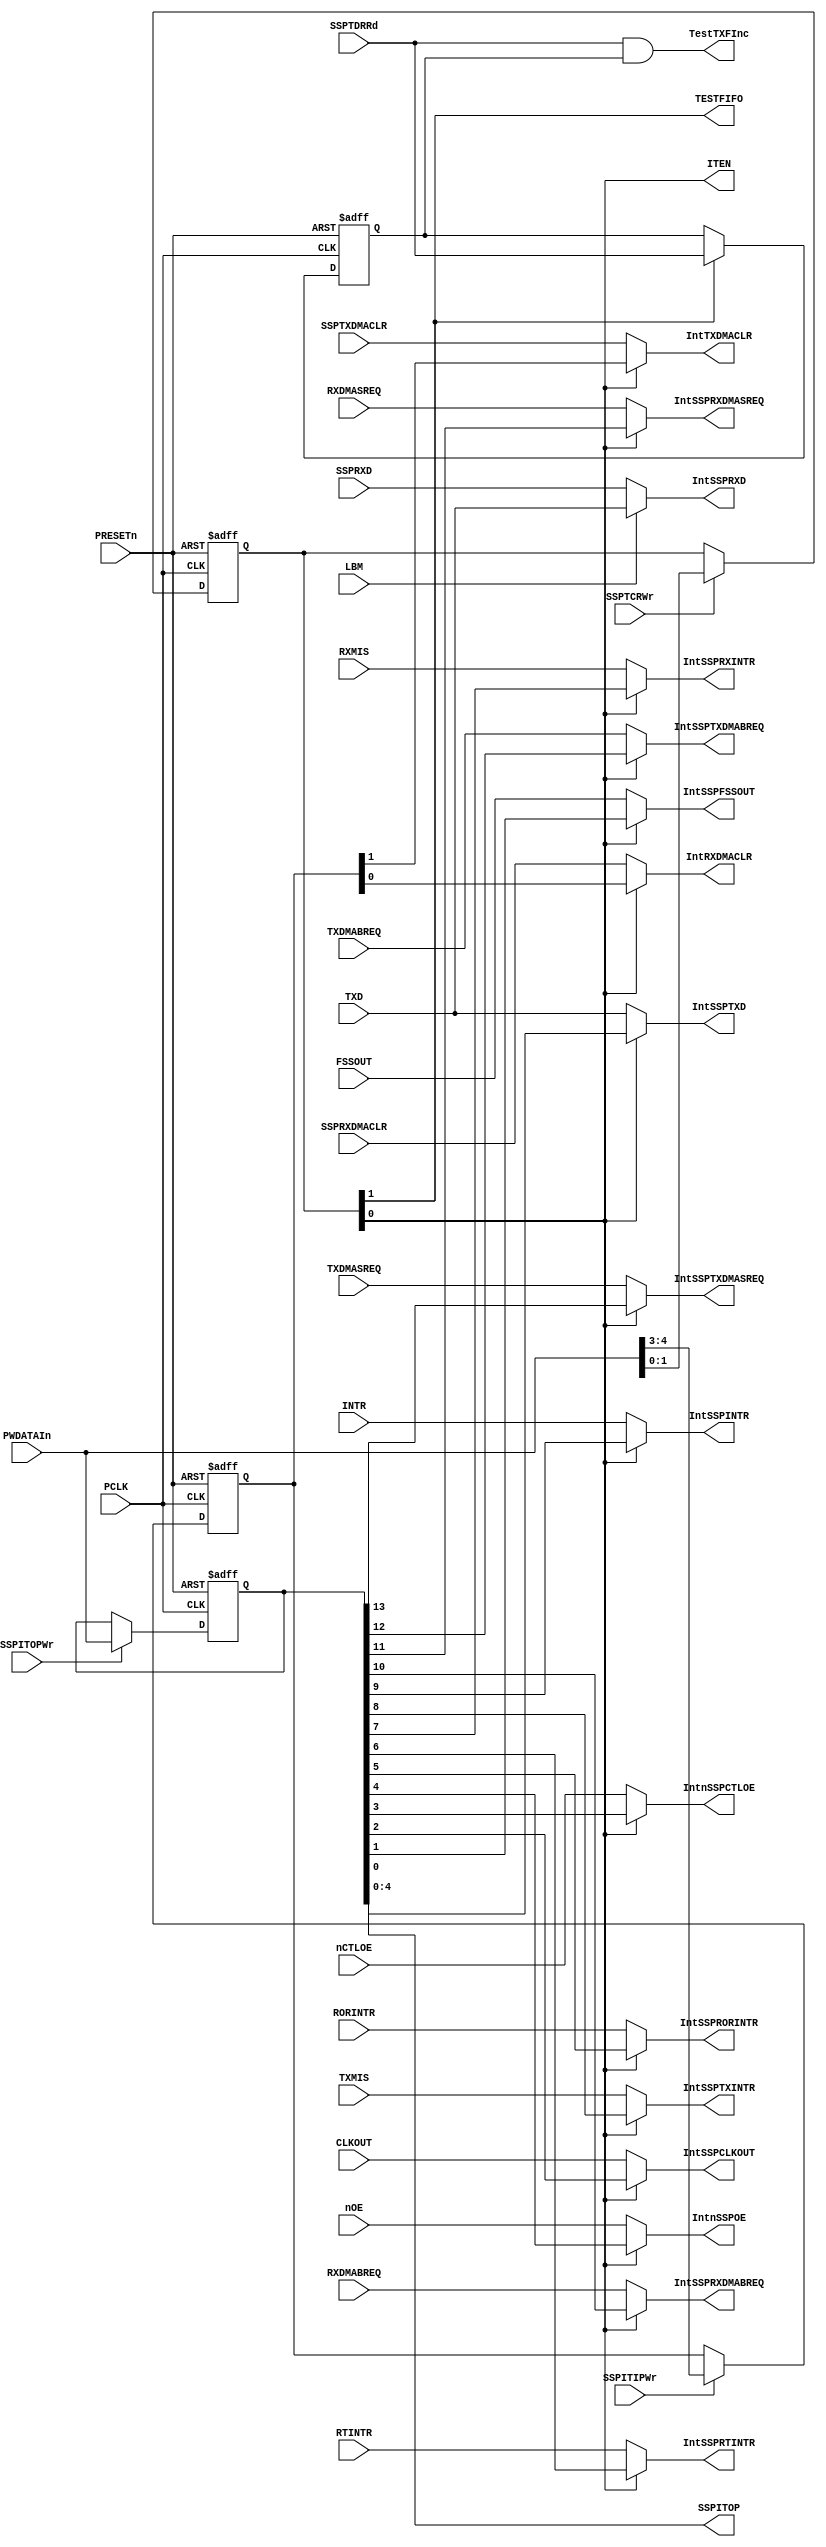
// This program was cloned from: https://github.com/verimake-team/SparkRoad-V
// License: MIT License

// --=========================================================================--
//  This confidential and proprietary software may be used only as
//  authorised by a licensing agreement from ARM Limited
//    (C) COPYRIGHT 2007-2008 ARM Limited
//        ALL RIGHTS RESERVED
//  The entire notice above must be reproduced on all authorised
//  opies and copies may only be made to the extent permitted
//  by a licensing agreement from ARM Limited.
// -----------------------------------------------------------------------------
//  Version and Release Control Information:
//
//  File Revision          : 20360
//
//  Release Information : Cortex-M0 DesignStart-r2p0-00rel0
// -----------------------------------------------------------------------------
 
// -----------------------------------------------------------------------------
// Purpose      : Test logic to facilitate controlled clocking of the 
//                design
// --=========================================================================--

module SspTest (
               PCLK,
          
               PRESETn,
          
               PWDATAIn,
            
               LBM,
          
               SSPRXD,

               TXMIS,
               RXMIS,
               RORINTR,
               RTINTR,
               INTR,

               TXDMASREQ,
               TXDMABREQ,
               RXDMASREQ,
               RXDMABREQ,

               FSSOUT,
               CLKOUT,
               TXD,
               nCTLOE,
               nOE,
          
               SSPTCRWr,
               SSPITIPWr,
               SSPITOPWr,
               SSPTDRRd,
               SSPTXDMACLR,
               SSPRXDMACLR,
           
               IntSSPRXD,

          
               IntTXDMACLR,
               IntRXDMACLR,
          
               IntSSPTXDMASREQ, 
               IntSSPTXDMABREQ,
               IntSSPRXDMASREQ,
               IntSSPRXDMABREQ,
               IntSSPINTR,
               IntSSPTXINTR,
               IntSSPRXINTR,
               IntSSPRTINTR,
               IntSSPRORINTR,
                  
               IntSSPFSSOUT,
               IntSSPCLKOUT,
               IntSSPTXD,
               IntnSSPCTLOE,
               IntnSSPOE,

               SSPITOP,
          
               TESTFIFO,
               ITEN,
 
               TestTXFInc
              );

input         PCLK;              // APB bus clock

input         PRESETn;           // AMBA bus reset

input [13:0]  PWDATAIn;          // Int PWDATA

input         LBM;               // Loopback mode

input         SSPRXD;            // Serial receive input (pad)

input         TXMIS;             // TX interrupt signal
input         RXMIS;             // RX interrupt signal
input         RORINTR;           // Receive Over Run signal
input         RTINTR;            // Receive Time Out signal
input         INTR;              // Combined interrupt signal

input         TXDMASREQ;         //  TX DMA Single Request
input         TXDMABREQ;         //  TX DMA Burst  Request
input         RXDMASREQ;         //  RX DMA Single Request
input         RXDMABREQ;         //  RX DMA Burst  Request

input         FSSOUT;            // Serial FrameOut signal
input         CLKOUT;            // Serial Clock signal
input         TXD;               // Serial Transmit signal
input         nCTLOE;            // SSP Control Enable signal
input         nOE;               // SSP Data Enable signal

input         SSPTCRWr;          // Write enable for SSPTCR
input         SSPITIPWr;         // Write enable for SSPITIP
input         SSPITOPWr;         // Write enable for SSPITOP
input         SSPTDRRd;          // Read  enable for SSPTDR
input         SSPTXDMACLR;       // TX DMA Clear
input         SSPRXDMACLR;       // RX DMA Clear

output        IntSSPRXD;         // SSPRXD   loop back mode test mux


output        IntTXDMACLR;       // SSPTXDMACLR  test mux output ITIP(4)
output        IntRXDMACLR;       // SSPRXDMACLR  test mux output ITIP(3)

output        IntSSPTXDMASREQ;   // SSPTXDMASREQ test mux output ITOP(13)
output        IntSSPTXDMABREQ;   // SSPTXDMABREQ test mux output ITOP(12)
output        IntSSPRXDMASREQ;   // SSPRXDMASREQ test mux output ITOP(11)
output        IntSSPRXDMABREQ;   // SSPRXDMABREQ test mux output ITOP(10)
output        IntSSPINTR;        // INTR         test mux output ITOP(9)
output        IntSSPTXINTR;      // TXINTR       test mux output ITOP(8)
output        IntSSPRXINTR;      // RXINTR       test mux output ITOP(7)
output        IntSSPRTINTR;      // RTINTR       test mux output ITOP(6)
output        IntSSPRORINTR;     // RORINTR      test mux output ITOP(5)

output        IntSSPFSSOUT;      // FSSOUT       test mux output ITOP(4)
output        IntSSPCLKOUT;      // CLKOUT       test mux output ITOP(3)
output        IntSSPTXD;         // SSPTXD       test mux output ITOP(2)
output        IntnSSPCTLOE;      // SSPCTLOE     test mux output ITOP(1)
output        IntnSSPOE;         // SSPOE        test mux output ITOP(0)

output [4:0]  SSPITOP;           // SSPITOP Register output

output        TESTFIFO;          // SSPTCR Bit 1
output        ITEN;              // SSPTCR Bit 0
output        TestTXFInc;        //  Read pointer increment signal for Tx fifo

// -----------------------------------------------------------------------------
//                               SspTest
//                               =======
// -----------------------------------------------------------------------------
// Overview
// ========
// This module contains the Test mode registers. It performs the following
// functions :

// -----------------------------------------------------------------------------
// Register declarations
// -----------------------------------------------------------------------------

reg [1:0]   SSPTCR; 
// SSP Test Control Register

reg [4:3]   SSPITIP; 
// SSP Integration test input Register

reg [13:0]  iSSPITOP; 
// SSP Integration test output Register

reg [1:0]   NextSSPTCR; 
// D-input of iSSPTCR

reg [4:3]   NextSSPITIP; 
// D-input of SSPITIP

reg [13:0]  NextiSSPITOP; 
// D-input of iSSPITOP

reg delSSPTDRRd;
// delayed version of SSPTDRRd

reg NextdelSSPTDRRd;
// D-input of SSPTDRRd

// TESTFIFO;
// Test Signal to enable writing into Rx fifo and read from Tx fifo
// Test Fifo signal allows data to be written to the Rx fifo and
// read  from the Tx fifo.  When set to 0 the Tx fifo can only be
// written to and the Rx fifo read from.
  
// -----------------------------------------------------------------------------
// Test control signals
// -----------------------------------------------------------------------------

// ITEN;
// Integration test enable. When set to 1, the SSPITIP and
// iSSPITOP registers are used to read/write values to the inputs
// and outputs.
  
// -----------------------------------------------------------------------------
// 
// Main body of code
// =================
//
// -----------------------------------------------------------------------------

assign ITEN      = SSPTCR[0];
assign TESTFIFO  = SSPTCR[1];
assign SSPITOP   = iSSPITOP[4:0];

// -----------------------------------------------------------------------------
// Write interface for Test mode Registers
// -----------------------------------------------------------------------------
always @(SSPTCRWr or PWDATAIn or SSPTCR or SSPITIPWr or SSPITIP or SSPITOPWr or
                 iSSPITOP)
begin : p_Comb
  if (SSPTCRWr)
    NextSSPTCR = PWDATAIn[1:0];
  else
    NextSSPTCR = SSPTCR;

  if (SSPITIPWr)
    NextSSPITIP = PWDATAIn[4:3];
  else
    NextSSPITIP = SSPITIP;

  if (SSPITOPWr)
    NextiSSPITOP = PWDATAIn[13:0];
  else
    NextiSSPITOP = iSSPITOP;
end // p_Comb;

// -----------------------------------------------------------------------------
// Test mode Registers
// -----------------------------------------------------------------------------
always @(posedge PCLK or negedge PRESETn)
begin : p_Seq
  if(~PRESETn)
  begin
    SSPTCR  <= 2'b00;
    SSPITIP <= 2'b00;
    iSSPITOP <= 14'b00000000000000;
  end
  else
  begin
    SSPTCR  <= NextSSPTCR;
    SSPITIP <= NextSSPITIP;
    iSSPITOP <= NextiSSPITOP;
  end
end // p_Seq;

// ---------------------------------------------------------------------
// Generate Read pointer Increment signals for TestFifo
// mode when reading from the Tx fifo.
// ---------------------------------------------------------------------

always @(SSPTCR or SSPTDRRd or delSSPTDRRd)
begin : p_TXTestFptrIncComb
  if (SSPTCR[1])
    NextdelSSPTDRRd = SSPTDRRd;
  else
    NextdelSSPTDRRd = delSSPTDRRd;
end // p_TXTestFptrIncComb;    

always @(posedge PCLK or negedge PRESETn)
begin : p_TXTestFptrIncSeq
  if(~PRESETn)
    delSSPTDRRd <= 1'b0;
  else
    delSSPTDRRd <= NextdelSSPTDRRd;
end // p_TXTestFptrIncSeq;    


assign TestTXFInc = SSPTDRRd & delSSPTDRRd;

// -----------------------------------------------------------------------------
// If the LBM input is asserted, IntSSPRXD is connected to TXD to
// implement loopback, else connected to SSPRXD pad input.
// -----------------------------------------------------------------------------

assign IntSSPRXD  = (LBM == 1'b1) ? TXD : SSPRXD;
               
// --------------------------------------------------------------------
// Intra chip inputs.
// If SSPTCR[0] (Integration test enable bit) is high, the SSPITIP
// register value is used; else the functional mode input is driven on
// the DMACLR signals.
// --------------------------------------------------------------------
 
assign IntTXDMACLR = (SSPTCR[0] == 1'b1) ? SSPITIP[4] : SSPTXDMACLR;

assign IntRXDMACLR = (SSPTCR[0] == 1'b1) ? SSPITIP[3] : SSPRXDMACLR;

// --------------------------------------------------------------------
// Intra chip outputs.
// If SSPTCR[0] ITEN (Integration test enable bit) is high,the iSSPITOP
// register value is used; else the functional mode value is driven
// on to the port.
// --------------------------------------------------------------------

assign IntSSPTXDMASREQ = (SSPTCR[0] == 1'b1) ? iSSPITOP[13] : TXDMASREQ;

assign IntSSPTXDMABREQ = (SSPTCR[0] == 1'b1) ? iSSPITOP[12] : TXDMABREQ;

assign IntSSPRXDMASREQ = (SSPTCR[0] == 1'b1) ? iSSPITOP[11] : RXDMASREQ;

assign IntSSPRXDMABREQ = (SSPTCR[0] == 1'b1) ? iSSPITOP[10] : RXDMABREQ;
  
assign IntSSPINTR      = (SSPTCR[0] == 1'b1) ? iSSPITOP[9]  : INTR;
  
assign IntSSPTXINTR    = (SSPTCR[0] == 1'b1) ? iSSPITOP[8]  : TXMIS;

assign IntSSPRXINTR    = (SSPTCR[0] == 1'b1) ? iSSPITOP[7]  : RXMIS;

assign IntSSPRTINTR    = (SSPTCR[0] == 1'b1) ? iSSPITOP[6]  : RTINTR;
  
assign IntSSPRORINTR   = (SSPTCR[0] == 1'b1) ? iSSPITOP[5]  : RORINTR;

// --------------------------------------------------------------------
// Primary Output Mux
// If SSPTCR[0] ITEN (Integration test enable bit) is high,the iSSPITOP
// register value is used; else the functional mode value is driven
// on to the pin.
// --------------------------------------------------------------------


assign IntnSSPOE       = (SSPTCR[0] == 1'b1) ? iSSPITOP[4] : nOE;

assign IntnSSPCTLOE    = (SSPTCR[0] == 1'b1) ? iSSPITOP[3] : nCTLOE;

assign IntSSPCLKOUT    = (SSPTCR[0] == 1'b1) ? iSSPITOP[2] : CLKOUT;

assign IntSSPFSSOUT    = (SSPTCR[0] == 1'b1) ? iSSPITOP[1] : FSSOUT;

assign IntSSPTXD       = (SSPTCR[0] == 1'b1) ? iSSPITOP[0] : TXD;

endmodule

// --===================================== End ===============================--